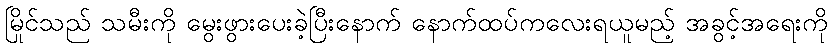
မြိုင်သည် သမီးကို မွေးဖွားပေးခဲ့ပြီးနောက် နောက်ထပ်ကလေးရယူမည့် အခွင့်အရေးကို